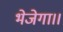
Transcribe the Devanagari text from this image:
भेजेगा।।